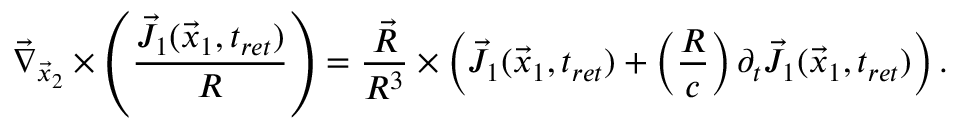
\vec { \nabla } _ { \vec { x } _ { 2 } } \times \left( \frac { \vec { J } _ { 1 } ( \vec { x } _ { 1 } , t _ { r e t } ) } { R } \right) = \frac { \vec { R } } { R ^ { 3 } } \times \left( \vec { J } _ { 1 } ( \vec { x } _ { 1 } , t _ { r e t } ) + \left( \frac { R } { c } \right) \partial _ { t } \vec { J } _ { 1 } ( \vec { x } _ { 1 } , t _ { r e t } ) \right) .